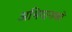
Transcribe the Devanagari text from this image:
अभियानको